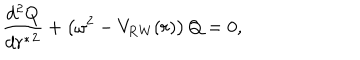
LaTeX: { \frac { d ^ { 2 } Q } { d { r ^ { * } } ^ { 2 } } } + \left( \omega ^ { 2 } - V _ { \mathrm { R W } } ( r ) \right) Q = 0 ,